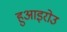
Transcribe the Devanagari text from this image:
हुआइरोउ